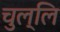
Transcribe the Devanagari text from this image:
चुल्लि